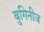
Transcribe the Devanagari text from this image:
बुगिनीज